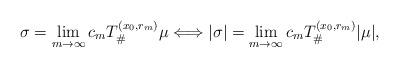
LaTeX: \begin{align*}\sigma = \lim_{m \to \infty} c_m T^{(x_0,r_m)}_\# \mu \Longleftrightarrow |\sigma| = \lim_{m \to \infty} c_m T^{(x_0,r_m)}_\# |\mu|, \end{align*}